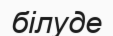
білуде